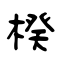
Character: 楑